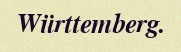
Württemberg.